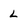
Character: L